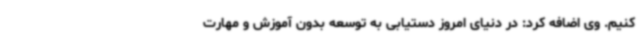
کنیم. وی اضافه کرد: در دنیای امروز دستیابی به توسعه بدون آموزش و مهارت